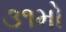
૩૧મો